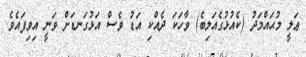
ޢަލީ މުޙައްމަދު (ކެއުޅުގެއަލިބެ) ވާހަކަ ދެއްކި އަޑު ވެސް އަޅުގަނޑަށް ވަނީ އިވިފައެވެ.